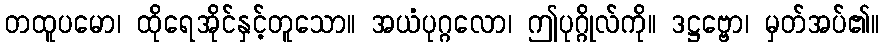
တထူပမော၊ ထိုရေအိုင်နှင့်တူသော။ အယံပုဂ္ဂလော၊ ဤပုဂ္ဂိုလ်ကို။ ဒဋ္ဌဗ္ဗော၊ မှတ်အပ်၏။